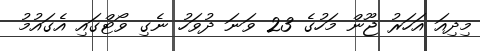
މިދިއަ އަހަރު ޖޫން މަހުގެ 23 ވަނަ ދުވަހު ނެގި ވޯޓްގައި އެގައުމު